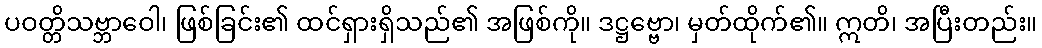
ပဝတ္တိသဗ္ဘာဝေါ၊ ဖြစ်ခြင်း၏ ထင်ရှားရှိသည်၏ အဖြစ်ကို။ ဒဋ္ဌဗ္ဗော၊ မှတ်ထိုက်၏။ ဣတိ၊ အပြီးတည်း။